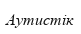
Аутистік